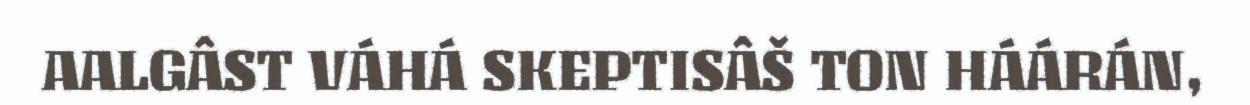
AALGÂST VÁHÁ SKEPTISÂŠ TON HÁÁRÁN,